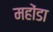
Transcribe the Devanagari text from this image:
महोंडा